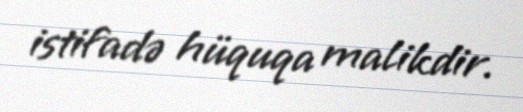
istifadə hüquqa malikdir.